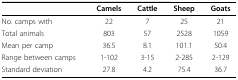
|  | Camels | Cattle | Sheep | Goats |
 | --- | --- | --- | --- | --- |
 | No. camps with | 22 | 7 | 25 | 21 |
 | Total animals | 803 | 57 | 2528 | 1059 |
 | Mean per camp | 36.5 | 8.1 | 101.1 | 50.4 |
 | Range between camps | 1-102 | 3-15 | 2-285 | 2-129 |
 | Standard deviation | 27.8 | 4.2 | 75.4 | 36.7 |